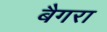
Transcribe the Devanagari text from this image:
बैगरा